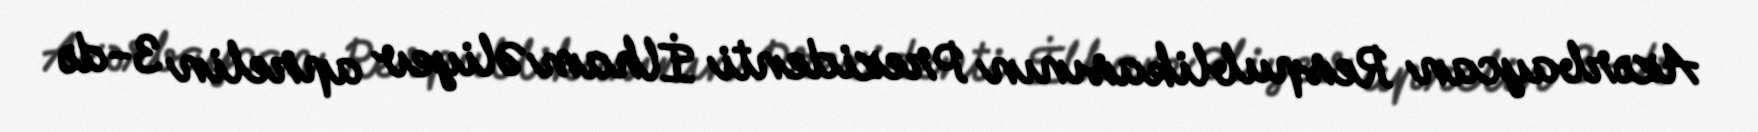
Azərbaycan Respublikasının Prezidenti İlham Əliyev aprelin 3-də